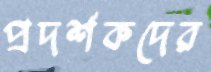
প্রদর্শকদের